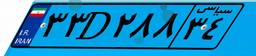
۵۱D۶۷۵۰۸